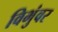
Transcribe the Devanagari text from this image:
विभुंवर